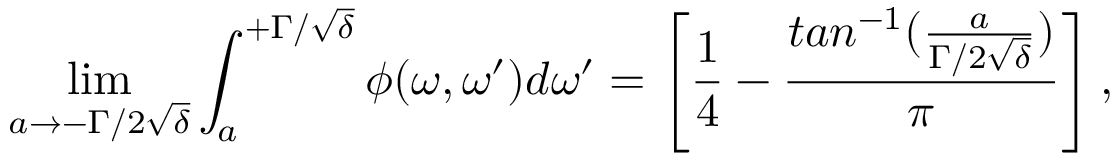
\operatorname* { l i m } _ { a \rightarrow - \Gamma / 2 \sqrt \delta } \int _ { a } ^ { + \Gamma / \sqrt \delta } \phi ( \omega , \omega ^ { \prime } ) d \omega ^ { \prime } = \left[ \frac { 1 } { 4 } - \frac { t a n ^ { - 1 } ( \frac { a } { \Gamma / 2 \sqrt \delta } ) } { \pi } \right] ,